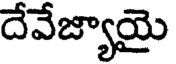
దేవేజ్యాయై